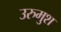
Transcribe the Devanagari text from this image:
उरुमुश